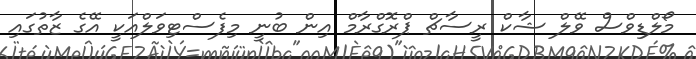
މޯލްޑިވްސް ވޭލް ޝާކް ރީސާޗް ޕްރޮގްރާމް އިން ބުނީ މިފެސްޓިވަލްއަކީ އޭގެ ޒާތުގައި